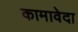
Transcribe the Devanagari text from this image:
कामावेदा